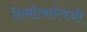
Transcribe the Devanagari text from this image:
निर्मात्याऐवजी